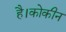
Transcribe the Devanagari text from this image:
है।कोकीन